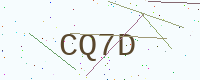
Text: CQ7D